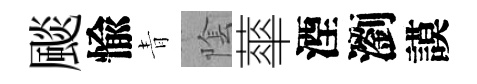
颷愉青隂蕐湮瀏謨